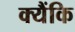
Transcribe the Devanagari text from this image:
क्यैंकि